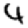
Digit: 4